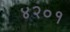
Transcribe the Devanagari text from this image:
४२०१